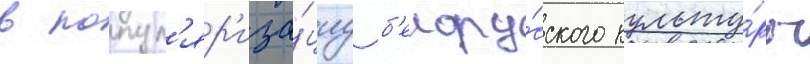
в попул'яр'иза́циу б'елору́сского культу́ры